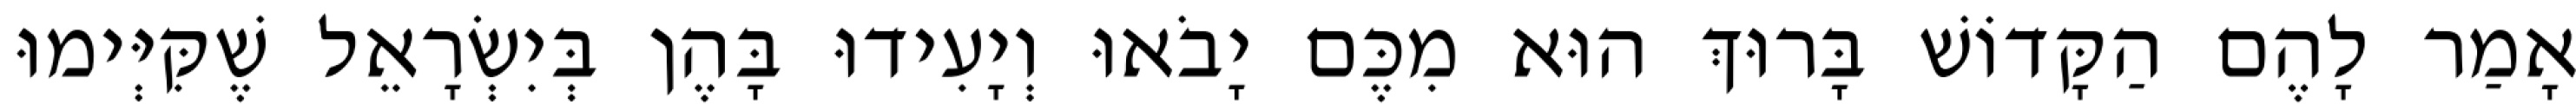
אָמַר לָהֶם הַקָּדוֹשׁ בָּרוּךְ הוּא מִכֶּם יָבֹאוּ וְיָעִידוּ בָּהֶן בְּיִשְׂרָאֵל שֶׁקִּיְּימוּ